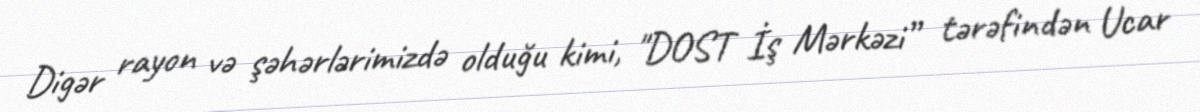
Digər rayon və şəhərlərimizdə olduğu kimi, "DOST İş Mərkəzi” tərəfindən Ucar